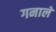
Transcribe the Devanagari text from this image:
गनाले